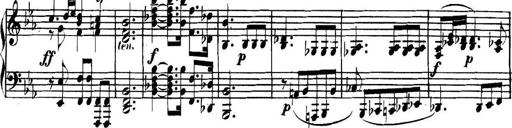
Title: Collected Piano Sonatas
Composer: Muzio Clementi